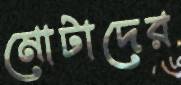
মোটাদের